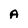
Character: A